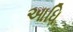
આધિ